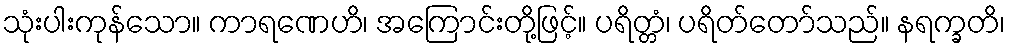
သုံးပါးကုန်သော။ ကာရဏေဟိ၊ အကြောင်းတို့ဖြင့်။ ပရိတ္တံ၊ ပရိတ်တော်သည်။ နရက္ခတိ၊